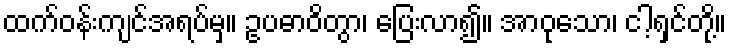
ထက်ဝန်းကျင်အရပ်မှ။ ဥပဓာဝိတွာ၊ ပြေးလာ၍။ အာဝုသော၊ ငါ့ရှင်တို့။